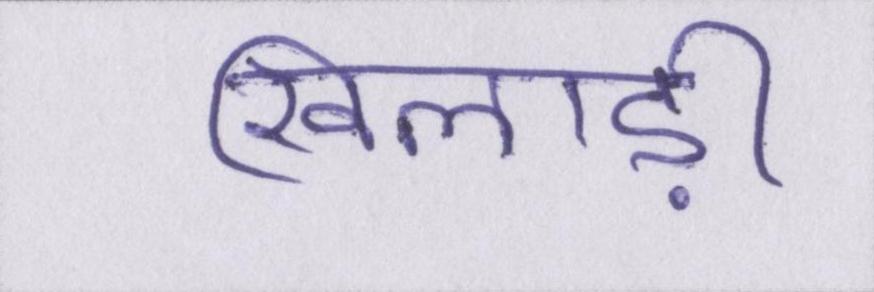
खिलाड़ी